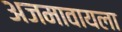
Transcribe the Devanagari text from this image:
अजमावायला